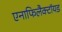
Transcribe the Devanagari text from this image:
एनाफिलैक्टॉयड